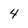
Character: 4